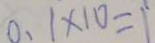
0 . 1 \times 1 0 = 1